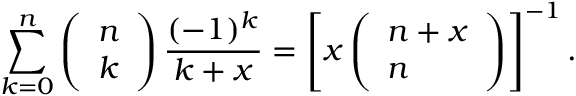
\sum _ { k = 0 } ^ { n } \left( \begin{array} { l } { n } \\ { k } \end{array} \right) \frac { ( - 1 ) ^ { k } } { k + x } = \left[ x \left( \begin{array} { l } { n + x } \\ { n } \end{array} \right) \right] ^ { - 1 } .